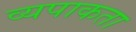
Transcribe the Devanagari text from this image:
व्यपाकता